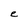
Character: c